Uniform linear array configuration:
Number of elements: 12
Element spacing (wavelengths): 0.5
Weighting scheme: exponential
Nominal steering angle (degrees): -15
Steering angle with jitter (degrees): -13.622
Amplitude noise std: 0.05
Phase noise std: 0.05

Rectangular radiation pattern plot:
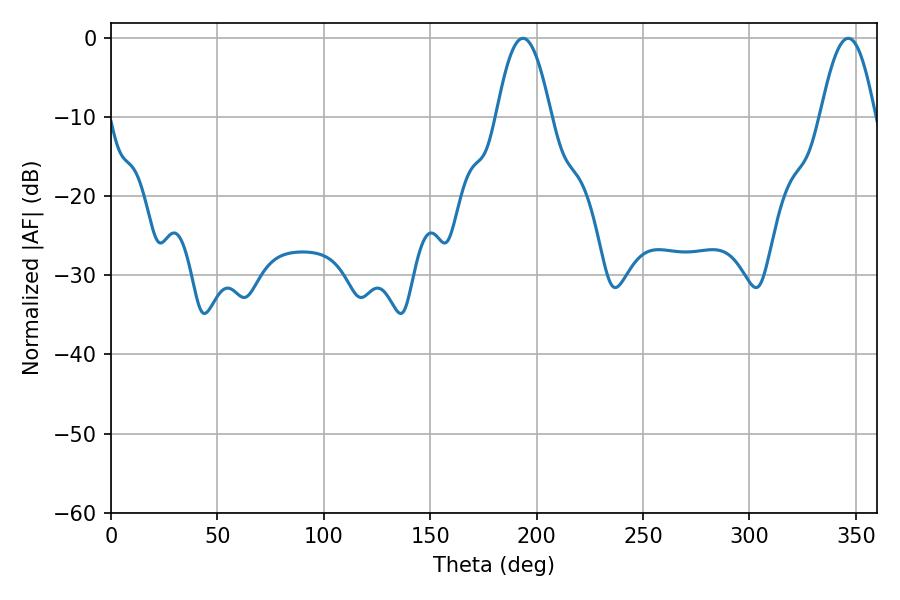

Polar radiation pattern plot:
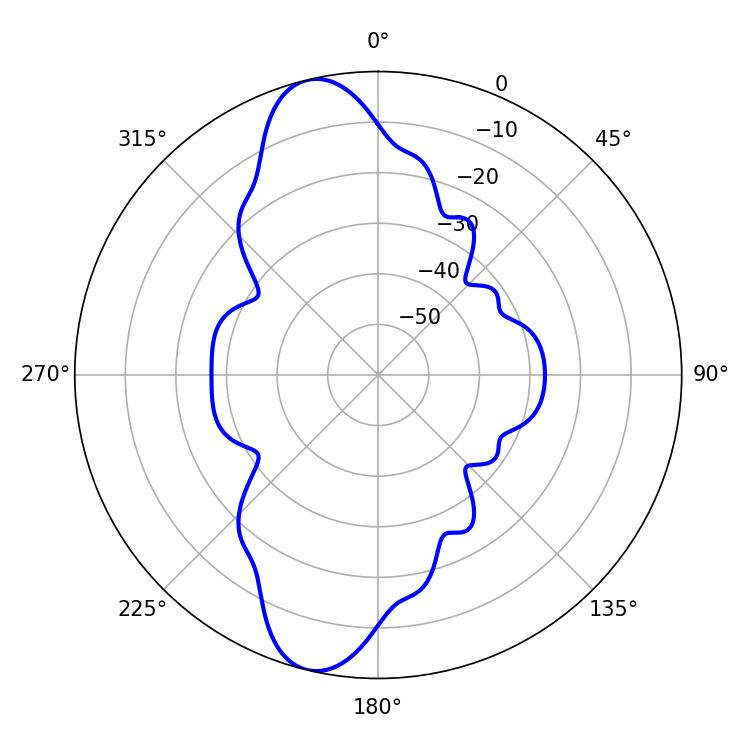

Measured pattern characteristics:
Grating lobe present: FALSE
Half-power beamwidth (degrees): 14.04
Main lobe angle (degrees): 193.5